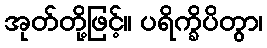
အုတ်တို့ဖြင့်။ ပရိက္ခိပိတွာ၊